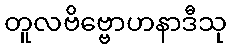
တူလဗိဗ္ဗောဟနာဒီသု